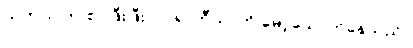
ယုကာဝါက စပ်ဖြီးဖြီးလုပ်၍ ဘီယာကို မော့သောက်နေသည်။